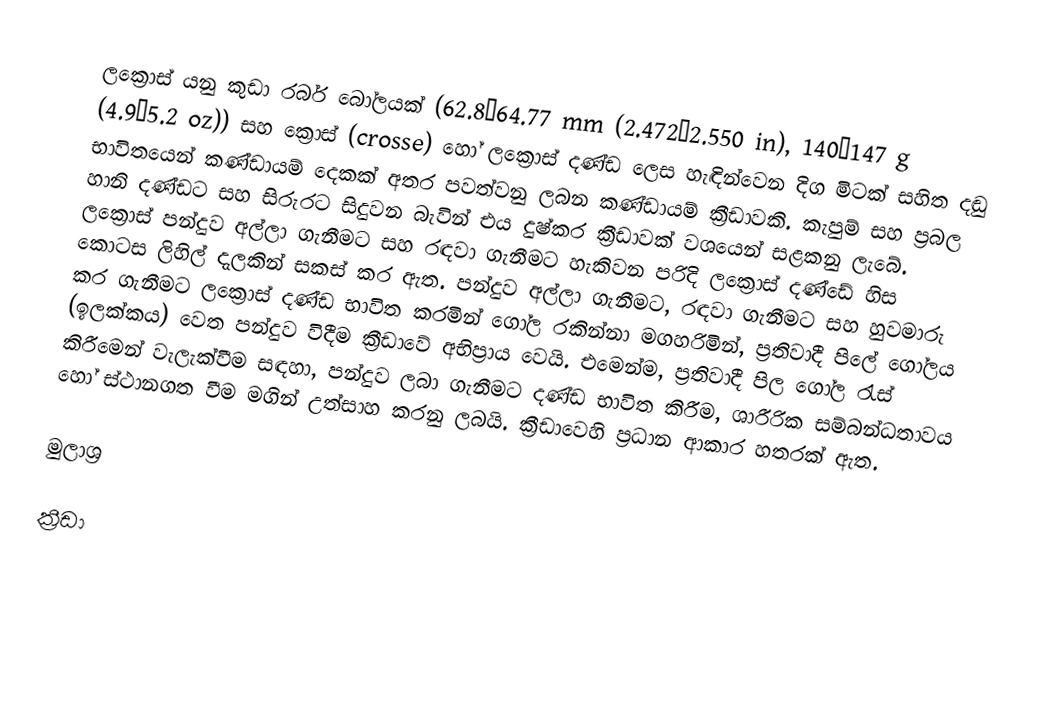
ලක්‍රොස් යනු කුඩා රබර් බෝලයක් (62.8–64.77 mm (2.472–2.550 in), 140–147 g (4.9–5.2 oz)) සහ ක්‍රොස් (crosse) හෝ ලක්‍රොස් දණ්ඩ ලෙස හැඳින්වෙන දිග මිටක් සහිත දඬු භාවිතයෙන් කණ්ඩායම් දෙකක් අතර පවත්වනු ලබන කණ්ඩායම් ක්‍රීඩාවකි. කැපුම් සහ ප්‍රබල හානි දණ්ඩට සහ සිරුරට සිදුවන බැවින් එය දුෂ්කර ක්‍රීඩාවක්  වශයෙන් සළකනු ලැබේ. ලක්‍රොස් පන්දුව අල්ලා ගැනීමට සහ රඳවා ගැනීමට හැකිවන පරිදි ලක්‍රොස් දණ්ඩේ හිස කොටස ලිහිල් දැලකින් සකස් කර ඇත. පන්දුව අල්ලා ගැනීමට, රඳවා ගැනීමට සහ හුවමාරු කර ගැනීමට ලක්‍රොස් දණ්ඩ භාවිත කරමින් ගෝල රකින්නා මගහරිමින්, ප්‍රතිවාදී පිලේ ගෝලය (ඉලක්කය) වෙත  පන්දුව විදීම ක්‍රීඩාවේ අභිප්‍රාය වෙයි. එමෙන්ම, ප්‍රතිවාදී පිල ගෝල රැස් කිරීමෙන් වැලැක්වීම සඳහා, පන්දුව ලබා ගැනීමට දණ්ඩ භාවිත කිරීම, ශාරීරික සම්බන්ධතාවය හෝ ස්ථානගත වීම මගින් උත්සාහ කරනු ලබයි. ක්‍රීඩාවෙහි ප්‍රධාන ආකාර හතරක් ඇත.

මුලාශ්‍ර

ක්‍රීඩා